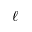
\ell